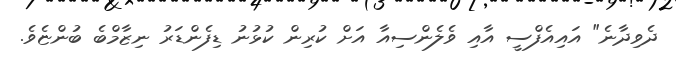
ދެވިދާނެ" އައިއެފްސީ އާއި ވެލެންސިއާ އަށް ކުރިން ކުޅުނު ޑިފެންޑަރު ނިޒާމްބެ ބުންޏެވެ.